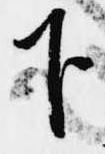
下